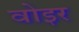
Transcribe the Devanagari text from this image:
वोइर